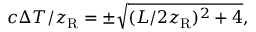
c \Delta T / z _ { \mathrm { R } } = \pm \sqrt { ( L / 2 z _ { \mathrm { R } } ) ^ { 2 } + 4 } ,